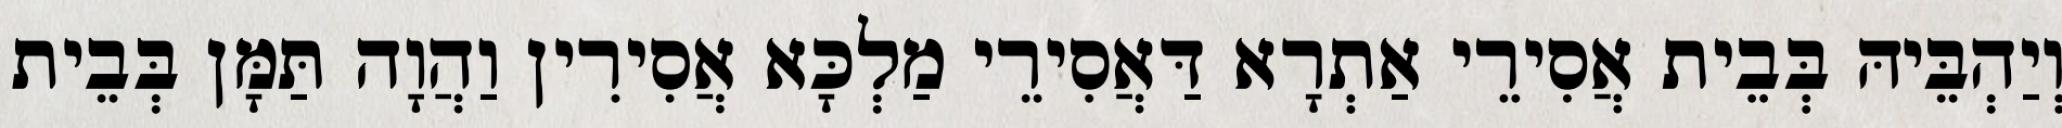
וְיַהְבֵּיהּ בְּבֵית אֲסִירֵי אַתְרָא דַּאֲסִירֵי מַלְכָּא אֲסִירִין וַהֲוָה תַּמָּן בְּבֵית